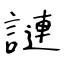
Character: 謰